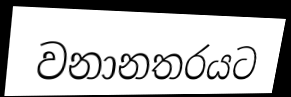
වනානතරයට